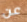
عن